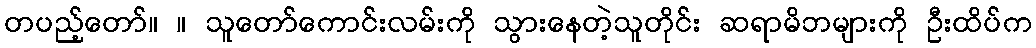
တပည့်တော်။ ။ သူတော်ကောင်းလမ်းကို သွားနေတဲ့သူတိုင်း ဆရာမိဘများကို ဦးထိပ်က